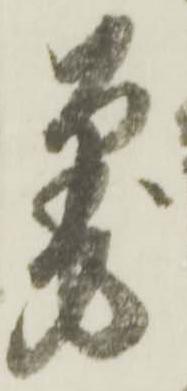
筆